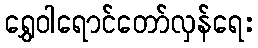
ရွှေဝါရောင်တော်လှန်ရေး